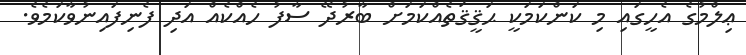
ޢިލްމުގެ އެހީގައި މި ކަންކަމަކީ ޙަޤީޤަތެއްކަމަށް ބާރުދޭ ސާފު ހެއްކެއް އަދި ފެނިފައިނުވާކަމެވެ.